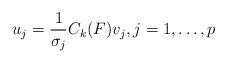
LaTeX: \begin{align*} u_j=\dfrac{1}{\sigma_{j}}C_k(F)v_j,j=1, \dots, p\end{align*}